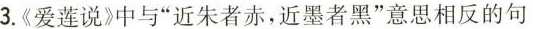
3.《爱莲说》中与”近朱者赤，近墨者黑”意思相反的句